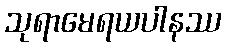
သုရာမေရယပါနဿ